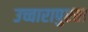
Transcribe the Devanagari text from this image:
उच्चारापुरता